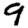
Digit: 9